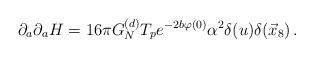
LaTeX: \begin{align*}\partial_{a}\partial_{a} H= 16\pi G_N^{(d)}T_{p} e^{-2b\varphi(0)}\alpha^{2}\delta(u)\delta(\vec{x}_8)\, .\end{align*}